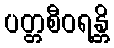
ပတ္တစီဝရန္တိ